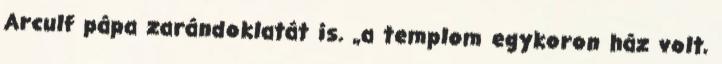
Arculf pápa zarándoklatát is. „a templom egykoron ház volt,